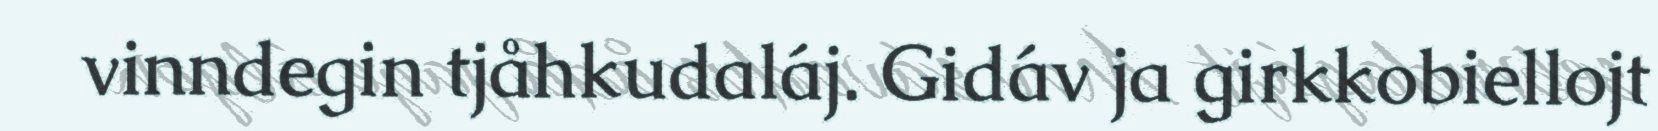
vinndegin tjåhkudaláj. Gidáv ja girkkobiellojt